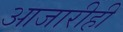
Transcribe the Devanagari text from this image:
आजारीही